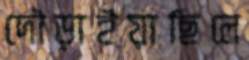
দৌড়াইয়াছিলে